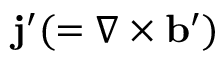
{ \bf { j } } ^ { \prime } ( = \nabla \times { \bf { b } } ^ { \prime } )